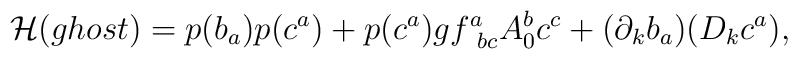
{\cal H} (ghost) = p(b_a) p(c^a) + p(c^a) g f^a_{\ bc} A_0^b c^c+ (\partial_k b_a) (D_k c^a),